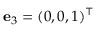
{ \mathbf e } _ { 3 } = ( 0 , 0 , 1 ) ^ { \top }